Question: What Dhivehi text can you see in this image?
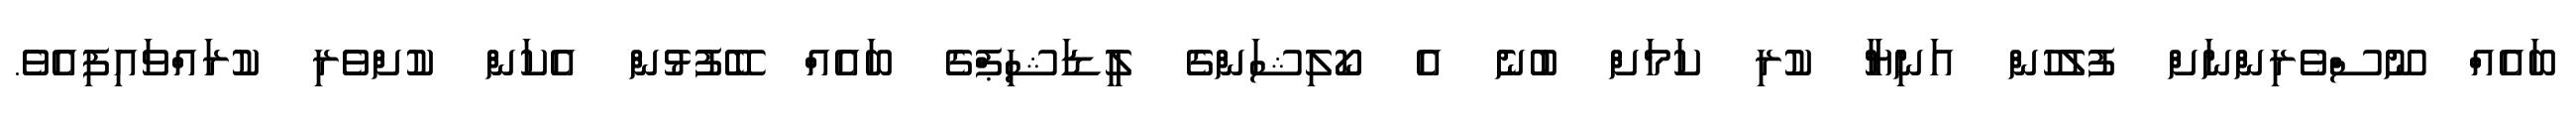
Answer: ބައެއް ނޫސްވެރިންނަށް ފުލުހުން އަނިޔާ ކުރި ކަމަށް ބުނެ އެ ކޯލިޝަންގެ ލީޑަޝިޕްގެ ބައެއް ބޭފުޅުން އެކަން ކުށްވެރި ކުރައްވައިފިއެވެ.